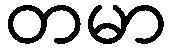
တမာ